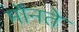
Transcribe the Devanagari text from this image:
मॉनते